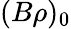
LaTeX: (B\rho)_{0}